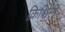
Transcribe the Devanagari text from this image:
क्रिश्चिनी